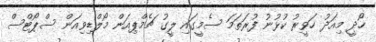
ހޯދީ މިއަދު ހަވީރު ކުޅުނު ފުރަތަމަ ސެމީގައި ލީގު ޗެމްޕިއަން މޯލްޑިވިއަން ސްޕޯޓްސް